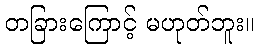
တခြားကြောင့် မဟုတ်ဘူး။